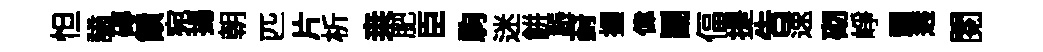
怛謫磚饋宛揚朝匹片析桒肥臣駒迷餅韔葑握偉鬬偪提吿速砌峥顥遘閱